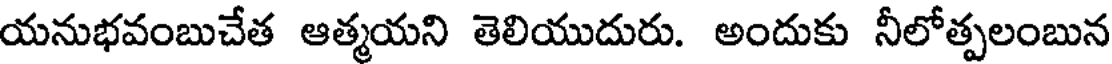
యనుభవంబుచేత ఆత్మయని తెలియుదురు. అందుకు నీలోత్పలంబున